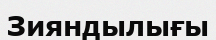
Зияндылығы